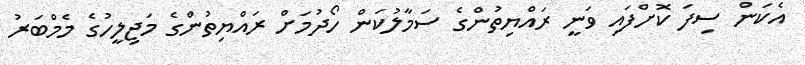
އެކަން ސިފަ ކޮށްފައި ވަނީ ރައްޔިތުންގެ ސަމާލުކަން ހޯދުމަށް ރައްޔިތުންގެ މަޖިލީހުގެ މެމްބަރު